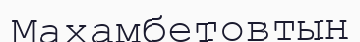
Махамбетовтың